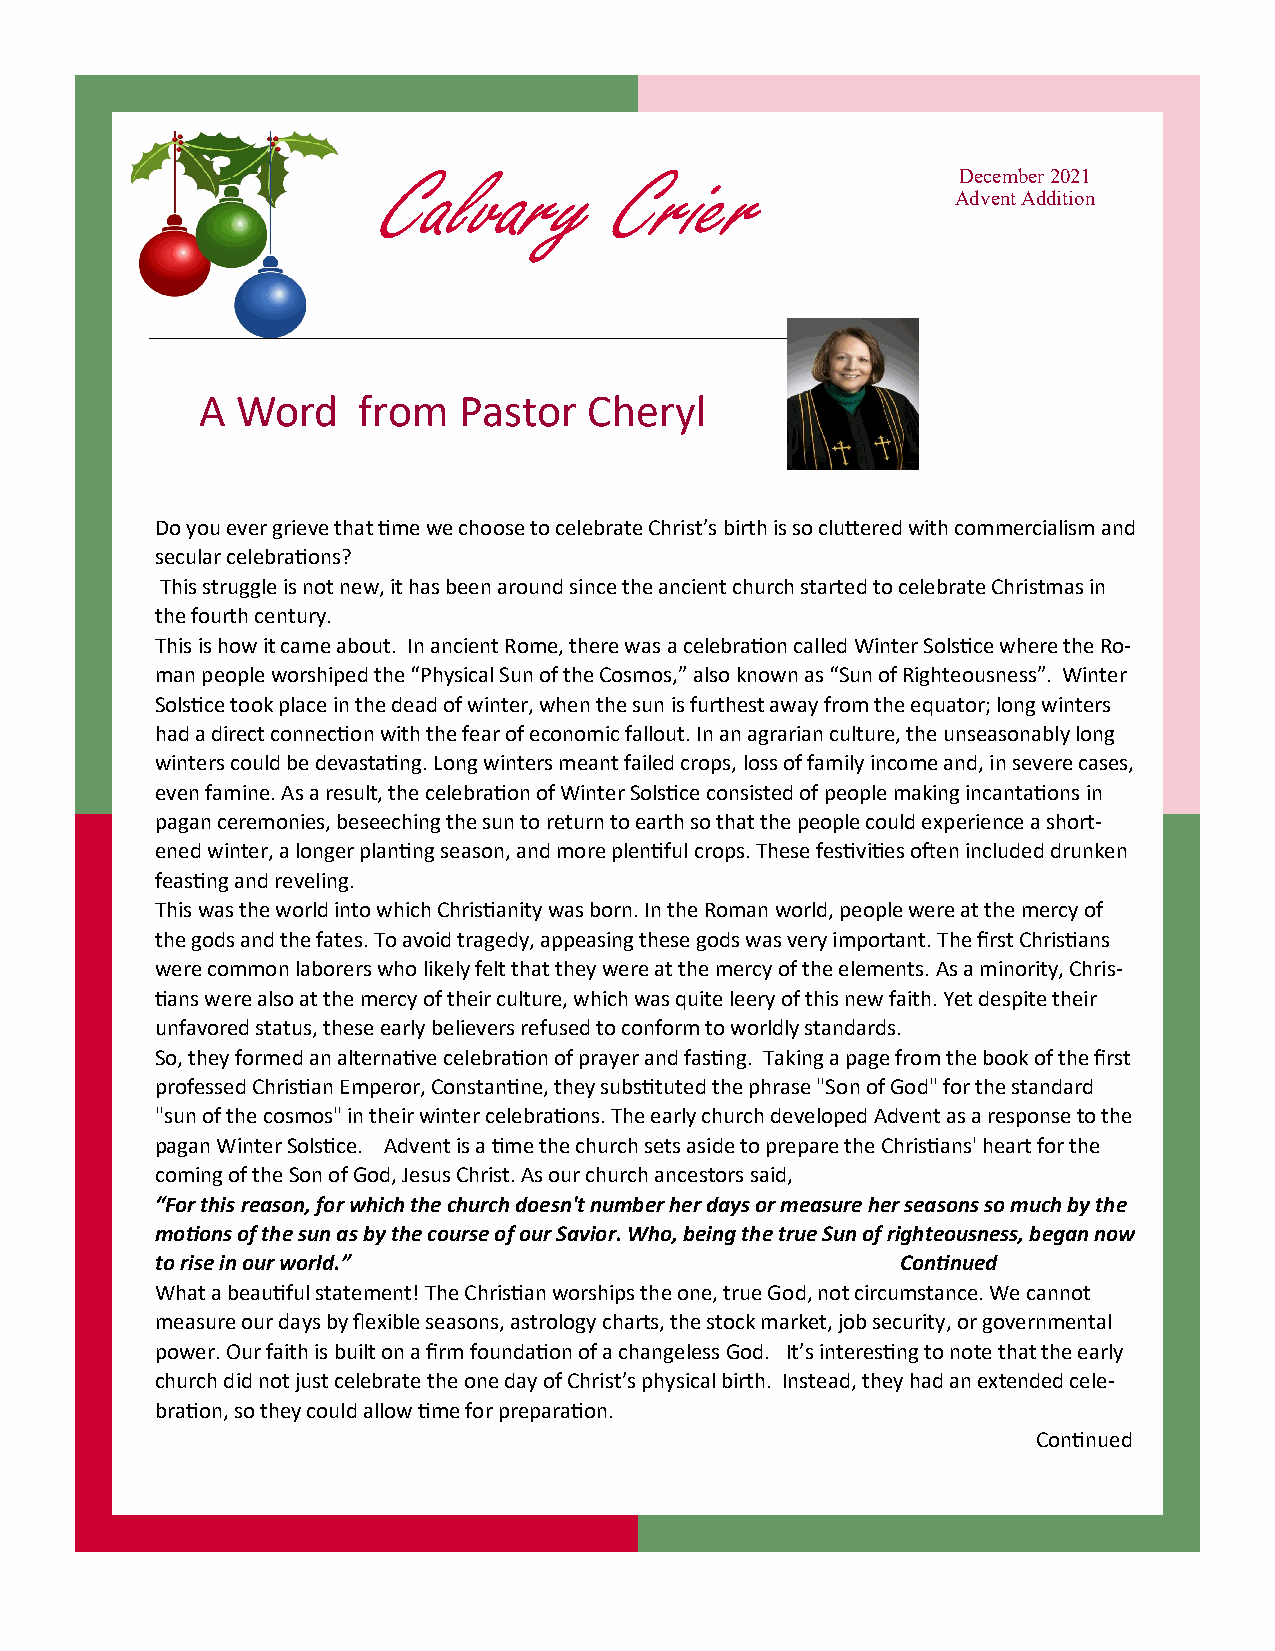
Calvary         Crier                  December 2021
 Advent Addition
 A  Word    from  Pastor   Cheryl
 Do you ever grieve that time we choose to celebrate Christ’s birth is so cluttered with commercialism and
 secular celebrations?
 This struggle is not new, it has been around since the ancient church started to celebrate Christmas in
 the fourth century.
 This is how it came about. In ancient Rome, there was a celebration called Winter Solstice where the Ro-
 man people worshiped the “Physical Sun of the Cosmos,” also known as “Sun of Righteousness”. Winter
 Solstice took place in the dead of winter, when the sun is furthest away from the equator; long winters
 had a direct connection with the fear of economic fallout. In an agrarian culture, the unseasonably long
 winters could be devastating. Long winters meant failed crops, loss of family income and, in severe cases,
 even famine. As a result, the celebration of Winter Solstice consisted of people making incantations in
 pagan ceremonies, beseeching the sun to return to earth so that the people could experience a short-
 ened winter, a longer planting season, and more plentiful crops. These festivities often included drunken
 feasting and reveling.
 This was the world into which Christianity was born. In the Roman world, people were at the mercy of
 the gods and the fates. To avoid tragedy, appeasing these gods was very important. The first Christians
 were common laborers who likely felt that they were at the mercy of the elements. As a minority, Chris-
 tians were also at the mercy of their culture, which was quite leery of this new faith. Yet despite their
 unfavored status, these early believers refused to conform to worldly standards.
 So, they formed an alternative celebration of prayer and fasting. Taking a page from the book of the first
 professed Christian Emperor, Constantine, they substituted the phrase "Son of God" for the standard
 "sun of the cosmos" in their winter celebrations. The early church developed Advent as a response to the
 pagan Winter Solstice. Advent is a time the church sets aside to prepare the Christians' heart for the
 coming of the Son of God, Jesus Christ. As our church ancestors said,
 “For this reason, for which the church doesn't number her days or measure her seasons so much by the
 motions of the sun as by the course of our Savior. Who, being the true Sun of righteousness, began now
 to rise in our world.”                            Continued
 What a beautiful statement! The Christian worships the one, true God, not circumstance. We cannot
 measure our days by flexible seasons, astrology charts, the stock market, job security, or governmental
 power. Our faith is built on a firm foundation of a changeless God. It’s interesting to note that the early
 church did not just celebrate the one day of Christ’s physical birth. Instead, they had an extended cele-
 bration, so they could allow time for preparation.
 Continued